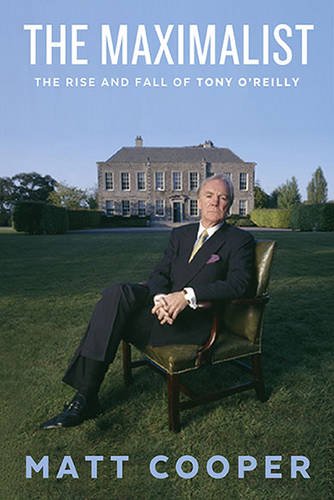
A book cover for The Maximalist: The Rise and Fall of Tony O'Reilly; Matt Cooper; Business & Money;